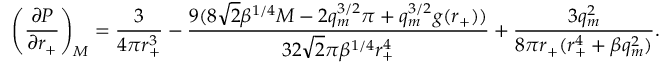
\left( \frac { \partial P } { \partial r _ { + } } \right) _ { M } = \frac { 3 } { 4 \pi r _ { + } ^ { 3 } } - \frac { 9 ( 8 \sqrt { 2 } \beta ^ { 1 / 4 } M - 2 q _ { m } ^ { 3 / 2 } \pi + q _ { m } ^ { 3 / 2 } g ( r _ { + } ) ) } { 3 2 \sqrt { 2 } \pi \beta ^ { 1 / 4 } r _ { + } ^ { 4 } } + \frac { 3 q _ { m } ^ { 2 } } { 8 \pi r _ { + } ( r _ { + } ^ { 4 } + \beta q _ { m } ^ { 2 } ) } .